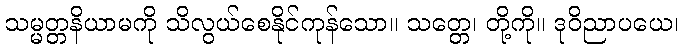
သမ္မတ္တနိယာမကို သိလွယ်စေနိုင်ကုန်သော။ သတ္တေ၊ တို့ကို။ ဒုဝိညာပယေ၊